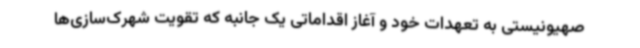
صهیونیستی به تعهدات خود و آغاز اقداماتی یک جانبه که تقویت شهرک‌سازی‌ها